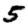
Digit: 5